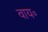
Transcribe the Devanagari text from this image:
वाय॰